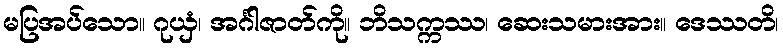
မပြအပ်သော။ ဂုယှံ၊ အင်္ဂါဇာတ်ကို။ ဘိသက္ကဿ၊ ဆေးသမားအား။ ဒေဿတိ၊